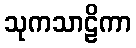
သုကသာဠိကာ